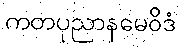
ကတပုညာနမေဝိဒံ